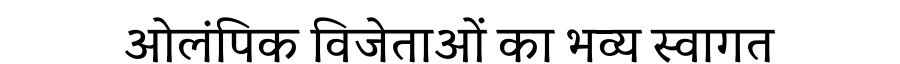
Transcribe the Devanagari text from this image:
ओलंपिक विजेताओं का भव्य स्वागत